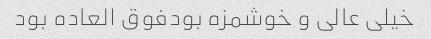
خیلی عالی و‌ خوشمزه بودفوق العاده بود